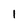
Character: 1